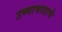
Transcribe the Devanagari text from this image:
उष्माघाताचे